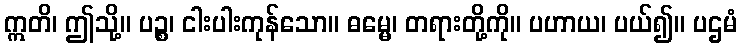
ဣတိ၊ ဤသို့။ ပဉ္စ၊ ငါးပါးကုန်သော။ ဓမ္မေ၊ တရားတို့ကို။ ပဟာယ၊ ပယ်၍။ ပဌမံ